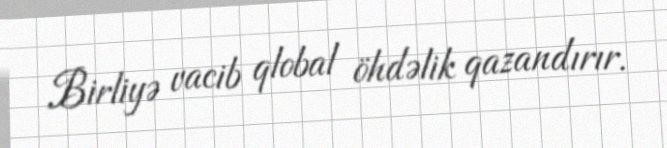
Birliyə vacib qlobal öhdəlik qazandırır.